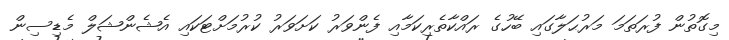
މިގޮތުން ފުރަތަމަ މަރުޙަލާގައި ބޭހުގެ ރައްކާތެރިކަމާއި ފެންވަރު ކަށަވަރު ކުރުމަށްޓަކައި އެޝެންޝަލް މެޑިސިން